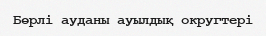
Бөрлі ауданы ауылдық округтері